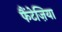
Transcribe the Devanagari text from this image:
फैंटेज़िया